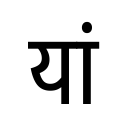
OCR:
यां